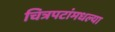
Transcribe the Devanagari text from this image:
चित्रपटांमधल्या